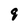
Character: 9